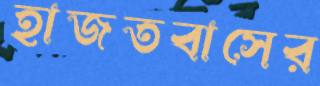
হাজতবাসের